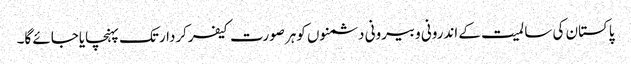
پاکستان کی سا لمیت کے اندرونی وبیرونی دشمنوں کوہرصورت کیفرکردارتک پہنچایاجائے گا۔